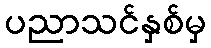
ပညာသင်နှစ်မှ